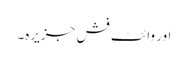
اور وائٹ فش جزیرہ۔